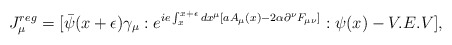
\begin{align*}J_\mu^{reg} = [\bar\psi(x+\epsilon)\gamma_\mu:e^{ ie\int_x^{x+\epsilon}dx^\mu[aA_\mu(x) - 2\alpha\partial^\nu F_{\mu\nu}]}:\psi(x) -V.E.V],\end{align*}